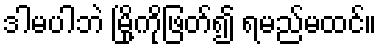
ဒါမပါဘဲ မြို့ကိုဖြတ်၍ ရမည်မထင်။